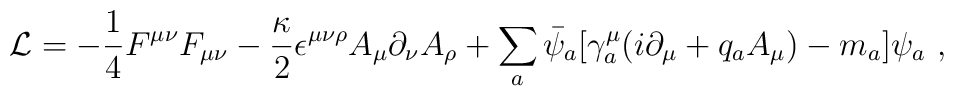
{\cal L} = - \frac{1}{4} F^{\mu \nu} F_{\mu \nu}           - \frac{\kappa}{2} \epsilon^{\mu \nu \rho}             A_{\mu}\partial_{\nu}A_{\rho}           + \sum_{a}\bar{\psi}_a [             \gamma_a^{\mu}(i\partial_{\mu}+q_a A_{\mu})- m_a]             \psi_a  \,\,,